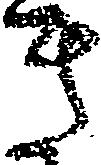
き